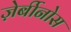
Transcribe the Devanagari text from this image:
ज़ेर्बीनोस